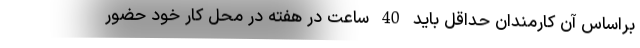
براساس آن کارمندان حداقل باید 40 ساعت در هفته در محل کار خود حضور